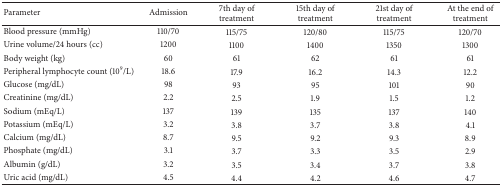
<table><thead><tr><td><b>Parameter</b></td><td><b>Admission</b></td><td><b>7th day of treatment</b></td><td><b>15th day of treatment</b></td><td><b>21st day of treatment</b></td><td><b>At the end of treatment</b></td></tr></thead><tbody><tr><td>Blood pressure (mmHg)</td><td>110/70</td><td>115/75</td><td>120/80</td><td>115/75</td><td>120/70</td></tr><tr><td>Urine volume/24 hours (cc)</td><td>1200</td><td>1100</td><td>1400</td><td>1350</td><td>1300</td></tr><tr><td>Body weight (kg)</td><td>60</td><td>61</td><td>62</td><td>61</td><td>61</td></tr><tr><td>Peripheral lymphocyte count (10<sup>9</sup>/L)</td><td>18.6</td><td>17.9</td><td>16.2</td><td>14.3</td><td>12.2</td></tr><tr><td>Glucose (mg/dL)</td><td>98</td><td>93</td><td>95</td><td>101</td><td>90</td></tr><tr><td>Creatinine (mg/dL)</td><td>2.2</td><td>2.5</td><td>1.9</td><td>1.5</td><td>1.2</td></tr><tr><td>Sodium (mEq/L)</td><td>137</td><td>139</td><td>135</td><td>137</td><td>140</td></tr><tr><td>Potassium (mEq/L)</td><td>3.2</td><td>3.8</td><td>3.7</td><td>3.8</td><td>4.1</td></tr><tr><td>Calcium (mg/dL)</td><td>8.7</td><td>9.5</td><td>9.2</td><td>9.3</td><td>8.9</td></tr><tr><td>Phosphate (mg/dL)</td><td>3.1</td><td>3.7</td><td>3.3</td><td>3.5</td><td>2.9</td></tr><tr><td>Albumin (g/dL)</td><td>3.2</td><td>3.5</td><td>3.4</td><td>3.7</td><td>3.8</td></tr><tr><td>Uric acid (mg/dL)</td><td>4.5</td><td>4.4</td><td>4.2</td><td>4.6</td><td>4.7</td></tr></tbody></table>